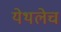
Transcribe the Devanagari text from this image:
येथलेच